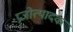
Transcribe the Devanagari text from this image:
प्रजोत्पादक